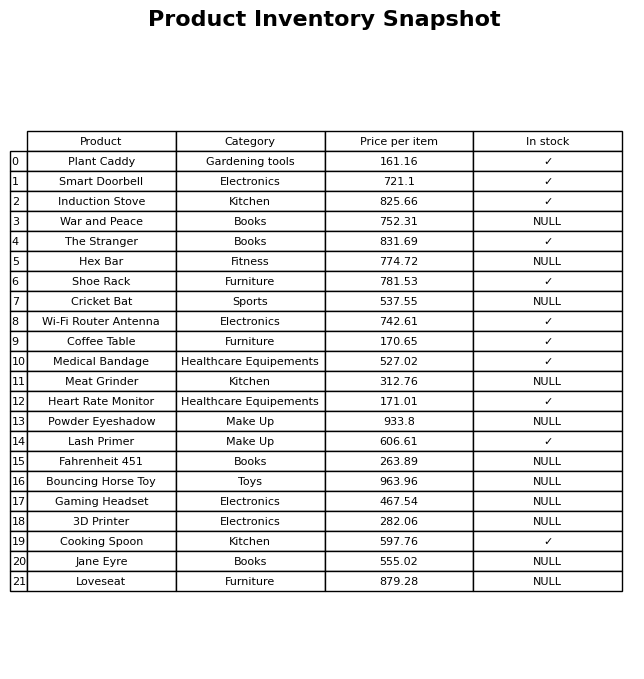
question: Which products are currently out of stock?
answer: War and Peace, Hex Bar, Cricket Bat, Meat Grinder, Powder Eyeshadow, Fahrenheit 451, Bouncing Horse Toy, Gaming Headset, 3D Printer, Jane Eyre, Loveseat